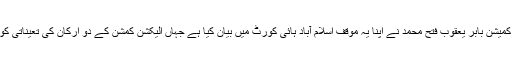
سیکرٹری الیکشن کمیشن بابر یعقوب فتح محمد نے اپنا یہ موقف اسلام آباد ہائی کورٹ میں بیان کیا ہے جہاں الیکشن کمشن کے دو ارکان کی تعیناتی کو چیلنج کیا گیا ہے۔